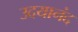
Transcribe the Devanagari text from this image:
उदयानंद